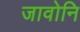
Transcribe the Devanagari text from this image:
जावोनि